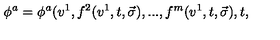
\phi ^ { a } = \phi ^ { a } ( v ^ { 1 } , f ^ { 2 } ( v ^ { 1 } , t , \vec { \sigma } ) , . . . , f ^ { m } ( v ^ { 1 } , t , \vec { \sigma } ) , t ,